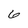
Character: 6